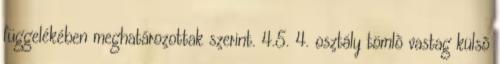
függelékében meghatározottak szerint. 4.5. 4. osztály tömlõ vastag külsõ